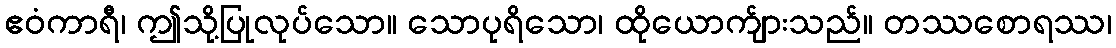
ဧဝံကာရီ၊ ဤသို့ပြုလုပ်သော။ သောပုရိသော၊ ထိုယောက်ျားသည်။ တဿစောရဿ၊